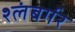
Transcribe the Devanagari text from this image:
श्लंबर्गर